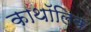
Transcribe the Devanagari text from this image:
काथॉलिक